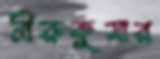
নীরুকুমার